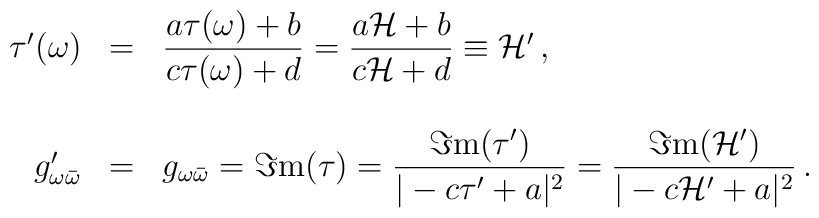
\begin{array}{rcl}\tau^{\prime}(\omega) & = & {\displaystyle\frac{a\tau(\omega)+b}{c\tau(\omega)+d}}={\displaystyle\frac{a{\cal H}+b}{c{\cal H}+d}}\equiv {\cal H}^{\prime}\, ,\\& & \\g_{\omega\bar{\omega}}^{\prime} & = & g_{\omega\bar{\omega}}=\Im{\rm m}(\tau)={\displaystyle\frac{\Im{\rm m} (\tau^{\prime})}{|-c\tau^{\prime}+a|^{2}}}={\displaystyle\frac{\Im{\rm m} ({\cal H}^{\prime})}{|-c{\cal H}^{\prime}+a|^{2}}}\, .\\\end{array}